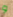
و